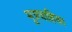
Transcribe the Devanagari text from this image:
मूत्रवाहिका